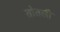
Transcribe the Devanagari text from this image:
तोतली